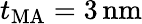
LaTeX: t_{\mathrm{MA}}=3\, \textrm{nm}